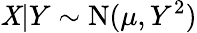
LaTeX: \mathit{X}|Y\sim{\textrm{{N}}}(\mu,Y^{2})